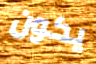
يكون